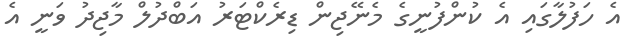
އެ ހަފުލާގައި އެ ކުންފުނީގެ މެނޭޖިން ޑިރެކްޓަރު އަބްދުލް މާޖިދު ވަނީ އެ